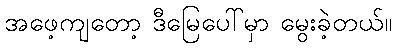
အဖေ့ကျတော့ ဒီမြေပေါ်မှာ မွေးခဲ့တယ်။